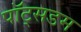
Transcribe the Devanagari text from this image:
पॉट्सडम